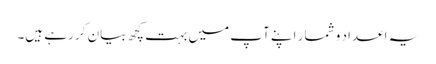
یہ اعداد و شمار اپنے آپ میں بہت کچھ بیان کر رہے ہیں۔